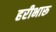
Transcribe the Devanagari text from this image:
हरीभारू